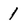
Character: 1